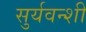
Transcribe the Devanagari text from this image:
सुर्यवन्शी